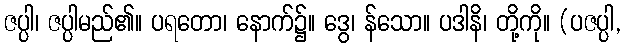
ဇပ္ပါ၊ ဇပ္ပါမည်၏။ ပရတော၊ နောက်၌။ ဒွေ၊ န်သော။ ပဒါနိ၊ တို့ကို။ (ပဇပ္ပါ,